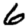
Digit: 6